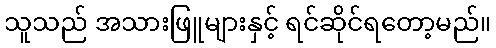
သူသည် အသားဖြူများနှင့် ရင်ဆိုင်ရတော့မည်။